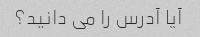
آیا آدرس را می دانید؟